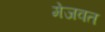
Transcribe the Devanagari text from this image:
मेजवत